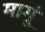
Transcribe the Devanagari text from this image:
मामूं